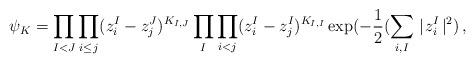
LaTeX: \begin{align*}\psi_K = \prod_{I<J} \prod_{i\leq j}(z_i^I - z_j^J)^{K_{I,J}}\prod_I \prod_{i<j}(z_i^I - z_j^I)^{K_{I,I}} \exp(-{1\over 2}(\sum_{i,I} \mid\! z_i^I \! \mid^2)\,,\end{align*}